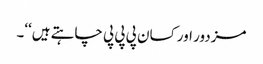
مزدور اور کسان پی پی پی چاہتے ہیں‘‘۔